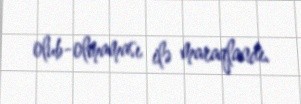
olub-olmaması ilə maraqlandı.